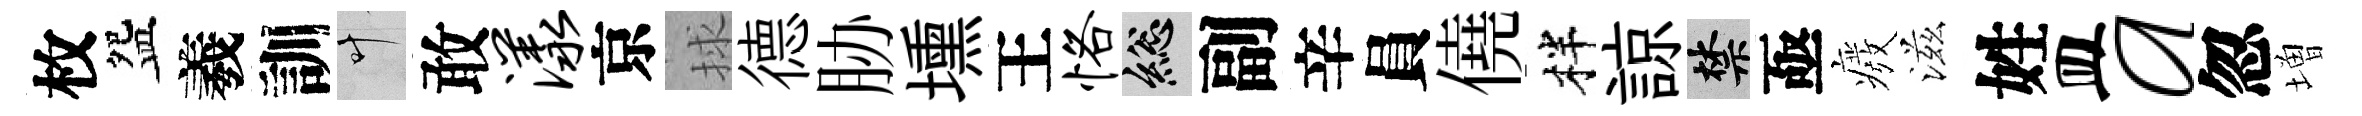
枚盌羲訓叶敢漾京捄德胁壎王恪總副辛員僥柈諒禁亟癈滋姓皿a忽増